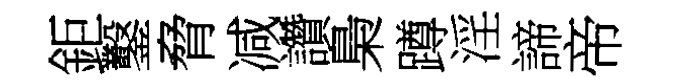
鉅鑿脅减讚梟蹲淫諦帝